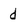
Character: d